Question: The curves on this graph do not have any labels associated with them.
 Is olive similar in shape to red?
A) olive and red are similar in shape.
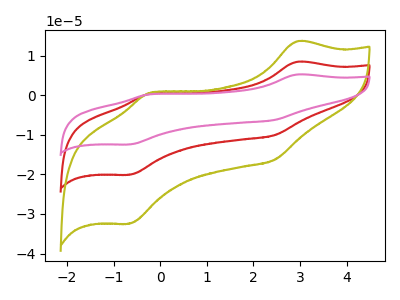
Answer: <think>The red curve "red" has anodic peaks at (2.95V, 8.45uA) (-0.20V, 0.40uA) and cathodic peaks at (2.45V, -10.10uA) (-0.65V, -20.10uA). The olive curve "olive" has anodic peaks at (2.95V, 13.60uA) (-0.20V, 0.60uA) and cathodic peaks at (2.45V, -16.30uA) (-0.65V, -32.45uA). The pink curve "pink" has anodic peaks at (2.95V, 16.85uA) (-0.20V, 0.75uA) and cathodic peaks at (2.45V, -20.20uA) (-0.65V, -40.20uA).
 All the peaks in "olive" have a peak in "red" at the same potential. Every peak in "olive" is higher than every peak in "red".</think>
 <answer>A) "olive" and "red" are similar in shape.</answer>
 <eval>A</eval>